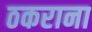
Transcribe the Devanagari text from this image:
ठकराना